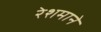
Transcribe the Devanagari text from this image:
रेशमाने